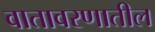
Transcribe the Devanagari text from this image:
वातावरणातील